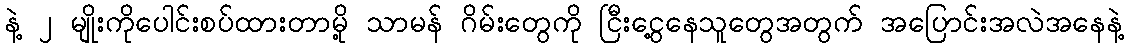
နဲ့ ၂ မျိုးကိုပေါင်းစပ်ထားတာမို့ သာမန် ဂိမ်းတွေကို ငြီးငွေ့နေသူတွေအတွက် အပြောင်းအလဲအနေနဲ့